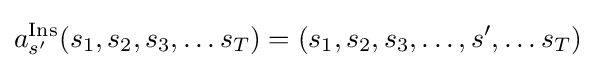
a_{s'}^{\rm {Ins}}(s_{1},s_{2},s_{3},\ldots s_{T})=(s_{1},s_{2},s_{3},\ldots ,s',\ldots s_{T})